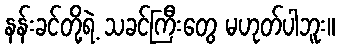
နန်းခင်တို့ရဲ့ သခင်ကြီးတွေ မဟုတ်ပါဘူး။